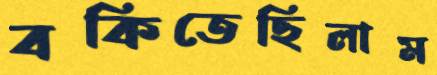
বকিতেছিলাম